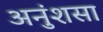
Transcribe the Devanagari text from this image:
अनुंशसा